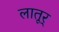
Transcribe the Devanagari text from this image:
लातूर्